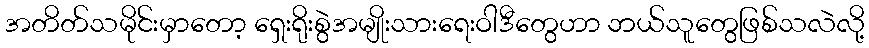
အတိတ်သမိုင်းမှာတော့ ရှေးရိုးစွဲအမျိုးသားရေးဝါဒီတွေဟာ ဘယ်သူတွေဖြစ်သလဲလို့